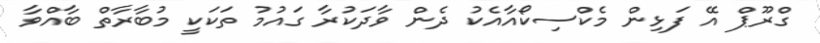
ގްރޫޕް އޭ ފަޅިން މެކްސިކޯއާއެކު ދެން ވާދަކުރާ ގައުމު ތަކަކީ މުބާރާތް ބާއްވާ